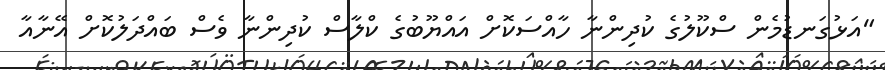
"އަޅުގަނޑުމެން ސްކޫލުގެ ކުދިންނާ ހާއްސަކޮށް އައްޔޫބުގެ ކްލާސް ކުދިންނާ ވެސް ބައްދަލުކޮށް އޭނާއާ